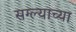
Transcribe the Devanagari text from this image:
सग्ल्याच्या